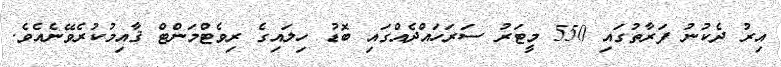
އިރު ދެކުނު ފަރާތުގައި 550 މީޓަރު ސަރަހައްދެއްގައި ބޮޑު ހިލައިގެ ރިވެޓްމަންޓް ޤާއިމުކުރެވޭނެއެވެ.